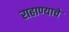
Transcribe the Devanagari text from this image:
राहाण्याचे